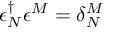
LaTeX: \epsilon _ { N } ^ { \dagger } \epsilon ^ { M } = \delta _ { N } ^ { M }